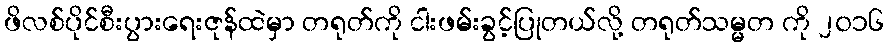
ဖိလစ်ပိုင်စီးပွားရေးဇုန်ထဲမှာ တရုတ်ကို ငါးဖမ်းခွင့်ပြုတယ်လို့ တရုတ်သမ္မတ ကို ၂၀၁၆